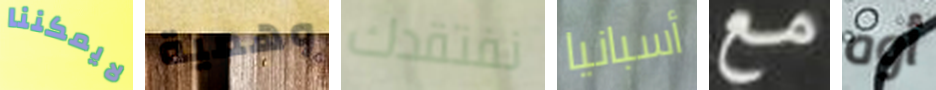
لايمكننا وهمية نفتقدك أسبانيا مع أوه